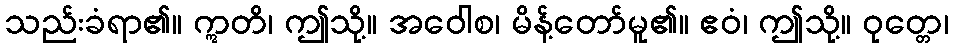
သည်းခံရာ၏။ ဣတိ၊ ဤသို့။ အဝေါစ၊ မိန့်တော်မူ၏။ ဧဝံ၊ ဤသို့။ ဝုတ္တေ၊